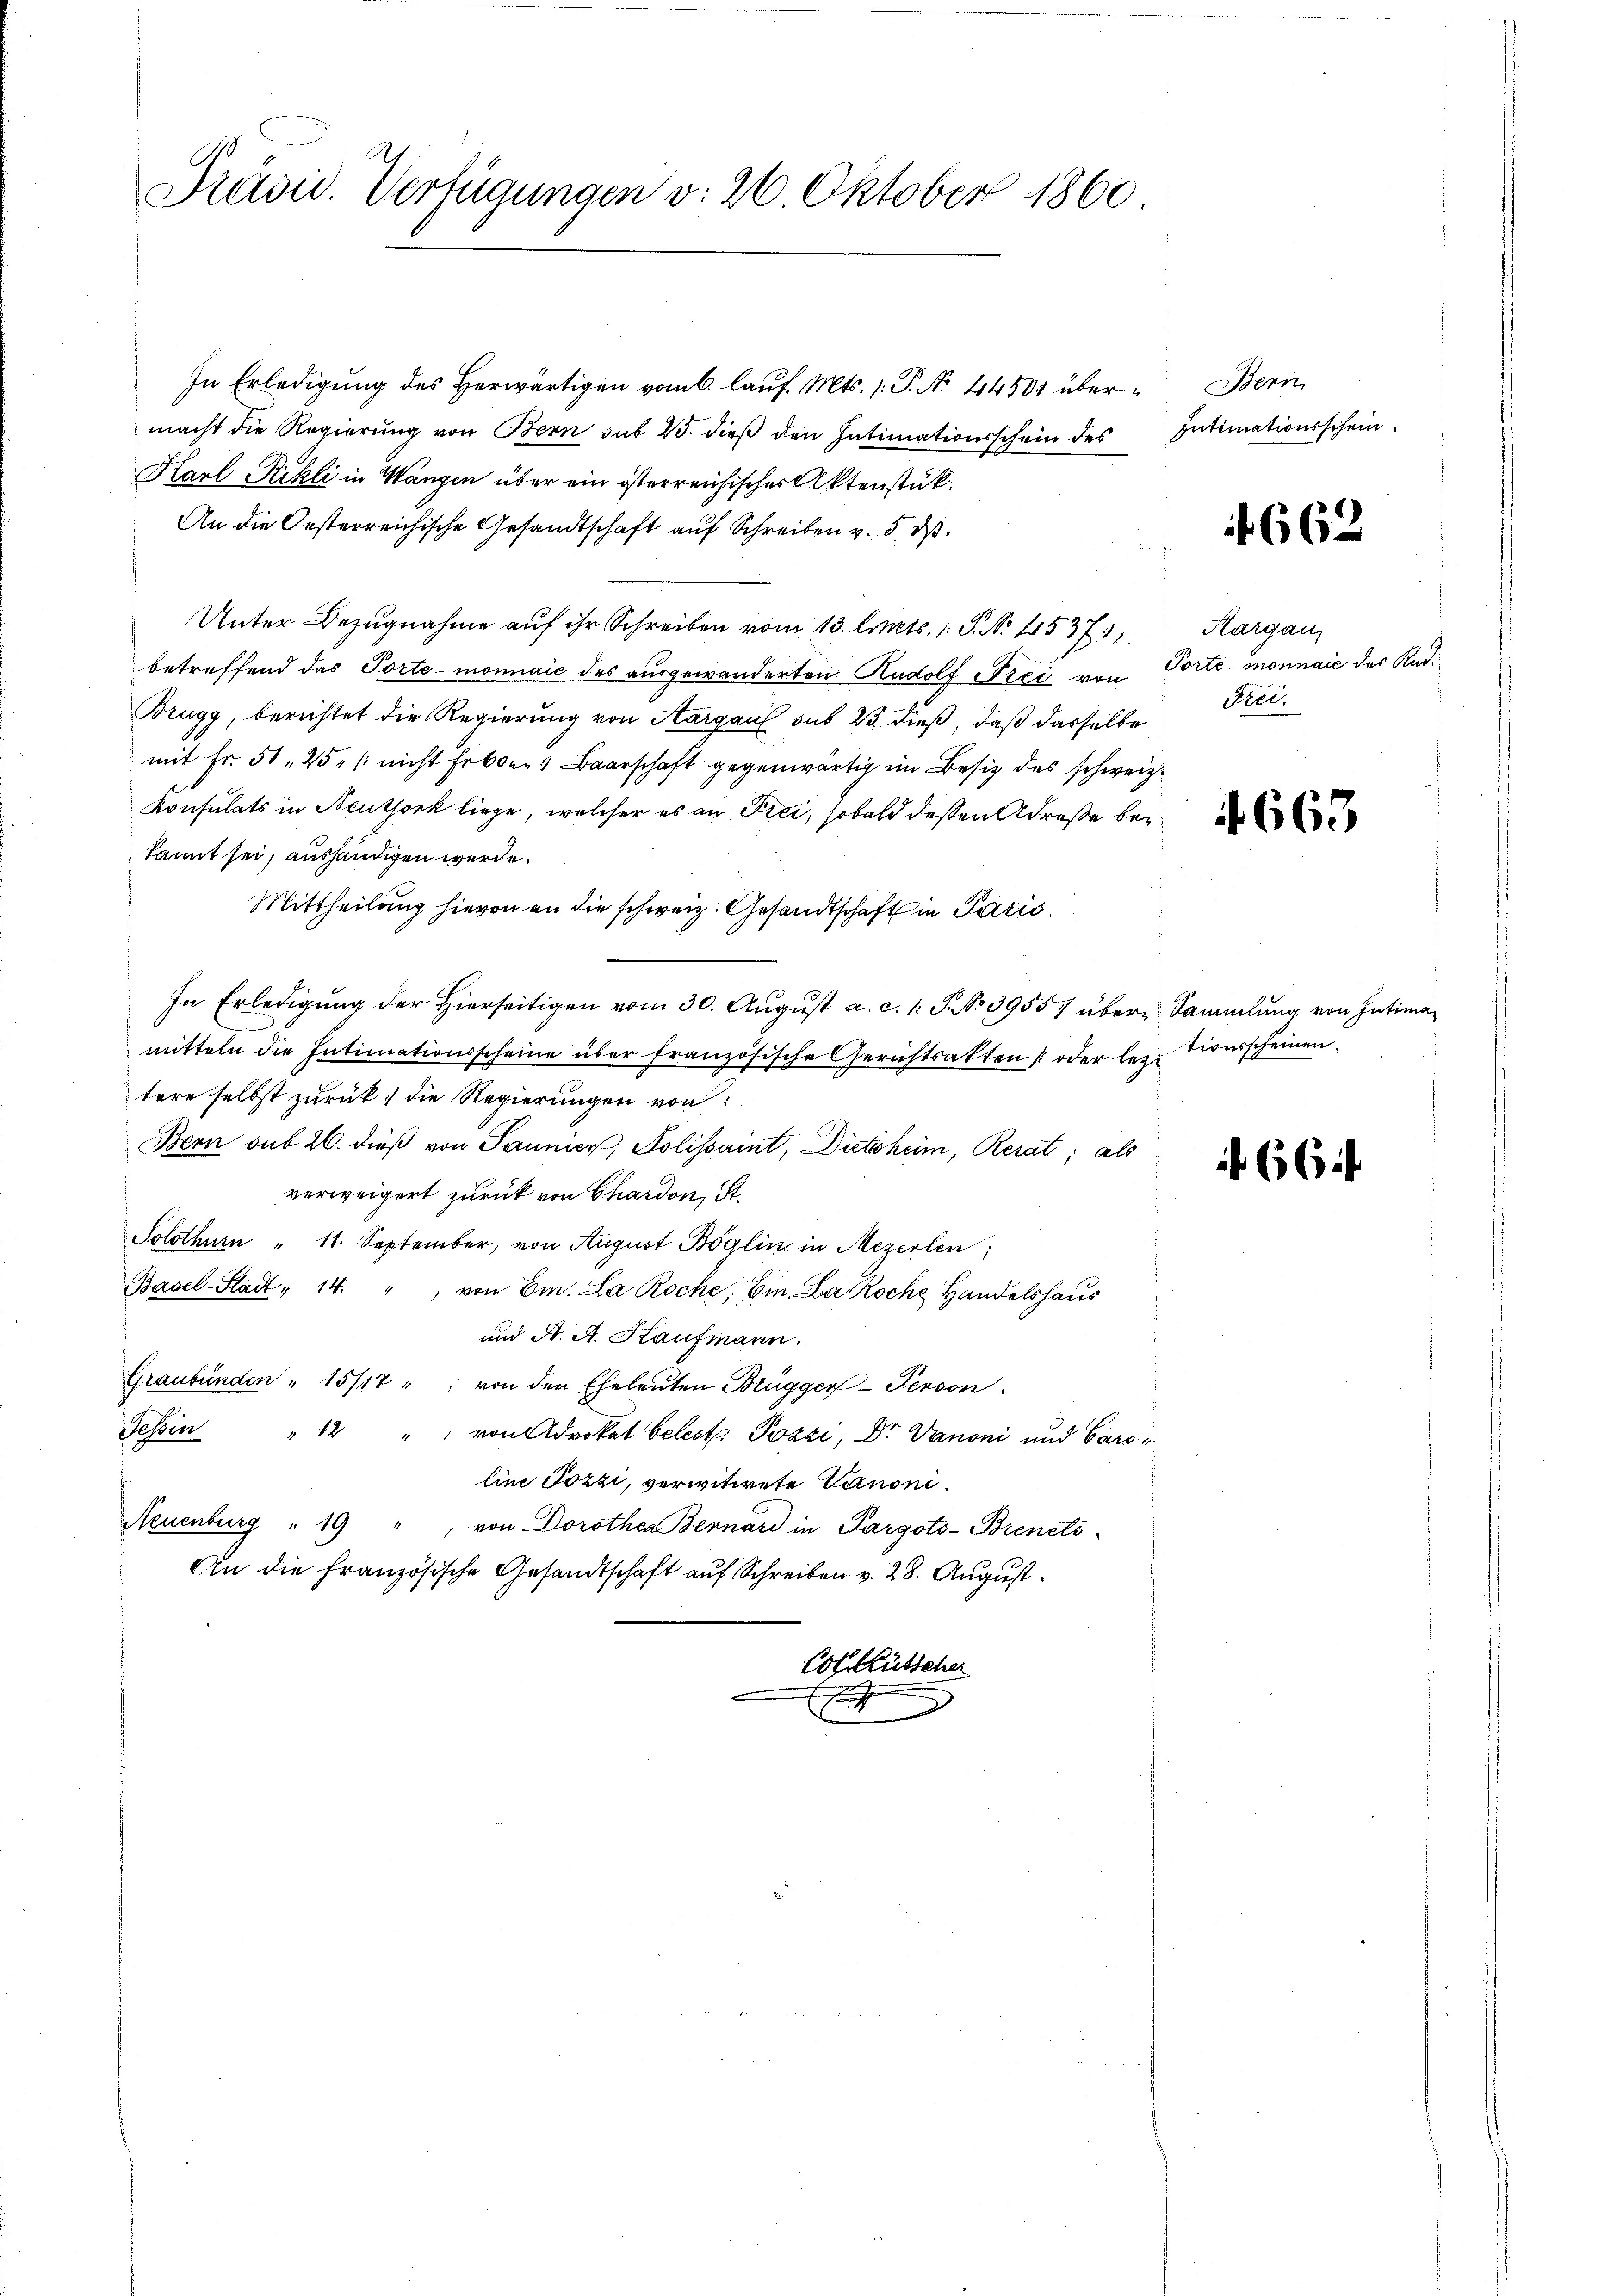
In Erledigŭng des herwärtigen vom 6. laŭf. Mts. 1. P. No. 44501 über- Bern
macht die Regierung von Bern sub 25. dieß den Intimationsschein des Intimationsschein
Karl Rikli in Wangen über ein österreichischer Aktenstück.
An die Oesterreichische Gesandtschaft auf Schreiben v. 5. d.
Unter Bezugnahme auf ihr Schreiben vom 13. Art. 1 S. No 1537
betreffend das Tortemonnaić des ausgewanderten Rudolf Frei von
Brugg, berichtet die Regierung von Aargau sub 23. dieß, daß dasselbe Freimit Fr. 51, 25 " / nicht Erbten Baarschaft gegenwärtig im Besitz des schweiz.
Konsulats in Neuthork liege, welcher es an Fici, sobald dessen Adresse bei
kannt sei, aushändigen werde.
Mittheilung hievon an die schweiz. Gesandtschaft in Paris
In Erledigung der Hierseitigen vom 30. August a. c. 1 S. No 39557 über Sammlung von Intimamitteln die Intimationsscheine über französische Gerichtsakten oder lez. Tiverscheinen
tere selbst zurück, die Regierungen von
Bern sub 26. dieß von Saunier, Polissaint, Dietsheim, Rerat; als
verweigert zurück von Chardon, St.
Solothurn " 11. September, von August Boglin in Mezerlen;
Basel-Stadt " 14. " von Em. La Roche, Ein. La Roche Handelshaŭs
und A. A. Haufmann.
Graubünden " 15/17 " von den Eheleuten Brügger Person
Tessin
"12
" von Advokat beleste Pozzi, Dr. Vanoni und Caro
line Pozzi, verwitwete Canoni.
Neuenburg " 19 " von Dorothea Bernard in Pargots-Brenti
An die französische Gesandtschaft auf Schreiben v. 28. August
Cot Kutscher
E

Präsid. Verfügungen v. 26. Oktober 1860

4662

Aargau
Portemonnaie des Rad¬

663

664